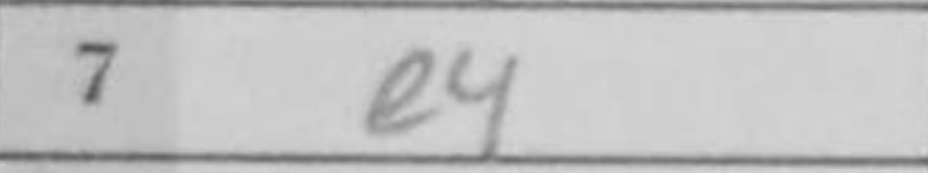
Transcription: e4